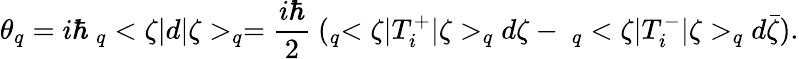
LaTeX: \theta_{q}=i\hbar\ _{q}<\zeta|d|\zeta>_{q}=\frac{i\hbar}{2}\ (_{q}<\zeta|T_{i}^{+}|\zeta>_{q}d\zeta-\ _{q}<\zeta|T_{i}^{-}|\zeta>_{q}d\bar{\zeta}).